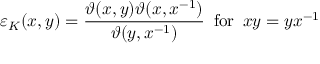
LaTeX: \varepsilon _ { K } ( x , y ) = \frac { \vartheta ( x , y ) \vartheta ( x , x ^ { - 1 } ) } { \vartheta ( y , x ^ { - 1 } ) } \, \, \, \mathrm { f o r } \, \, \, x y = y x ^ { - 1 }